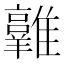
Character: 𩁛